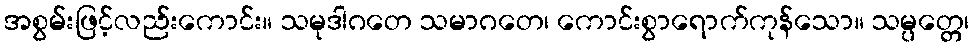
အစွမ်းဖြင့်လည်းကောင်း။ သမုဒါဂတေ သမာဂတေ၊ ကောင်းစွာရောက်ကုန်သော။ သမ္ပတ္တေ၊